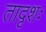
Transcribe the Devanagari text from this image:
तादृशः